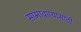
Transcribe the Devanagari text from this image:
सामावण्यासाठी